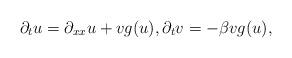
LaTeX: \begin{align*}\partial_t u=\partial_{xx}u+v g(u), \partial_t v=-\beta v g(u), \end{align*}